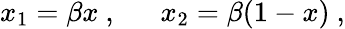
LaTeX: x_{1}=\beta x~,\ \ \ \ \ \ x_{2}=\beta(1-x)~,